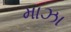
માઝા